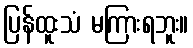
ပြန်ထူးသံ မကြားရဘူး။